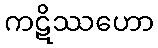
ကဋိဿဟော